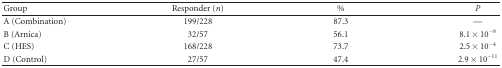
<table><thead><tr><td><b>Group</b></td><td><b>Responder (<i>n</i>)</b></td><td><b>%</b></td><td><b><i>P </i></b></td></tr></thead><tbody><tr><td>A (Combination)</td><td>199/228</td><td>87.3</td><td>—</td></tr><tr><td>B (Arnica)</td><td>32/57</td><td>56.1</td><td>8.1 × 10<sup>−8</sup></td></tr><tr><td>C (HES)</td><td>168/228</td><td>73.7</td><td>2.5 × 10<sup>−4</sup></td></tr><tr><td>D (Control)</td><td>27/57</td><td>47.4</td><td>2.9 × 10<sup>−11</sup></td></tr></tbody></table>